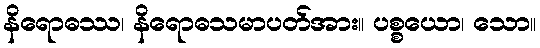
နိရောဓဿ၊ နိရောဓသမာပတ်အား။ ပစ္စယော၊ သော။